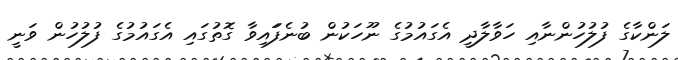
ލަންކާގެ ފުލުހުންނާއި ހަވާލާދީ އެގައުމުގެ ނޫހަކުން ބުނެފަައިވާ ގޮތުގައި އެގައުމުގެ ފުލުހުން ވަނީ